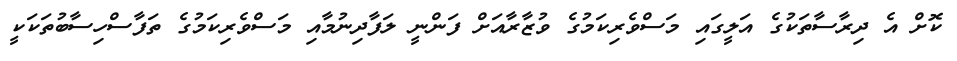
ކޮށް އެ ދިރާސާތަކުގެ އަލީގައި މަސްވެރިކަމުގެ ވުޒާރާއަށް ފަންނީ ލަފާދިނުމާއި މަސްވެރިކަމުގެ ތަފާސްހިސާބުތަކަކީ